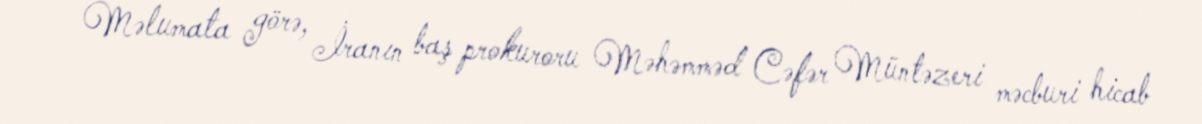
Məlumata görə, İranın baş prokuroru Məhəmməd Cəfər Müntəzeri məcburi hicab